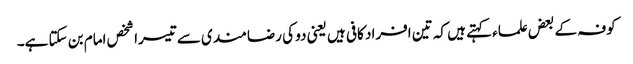
کوفہ کے بعض علماء کہتے ہیں کہ تین افراد کافی ہیں یعنی دو کی رضامندی سے تیسرا شخص امام بن سکتا ہے۔